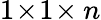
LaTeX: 1\! \times\! 1\! \times n